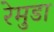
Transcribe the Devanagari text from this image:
रेमुडा